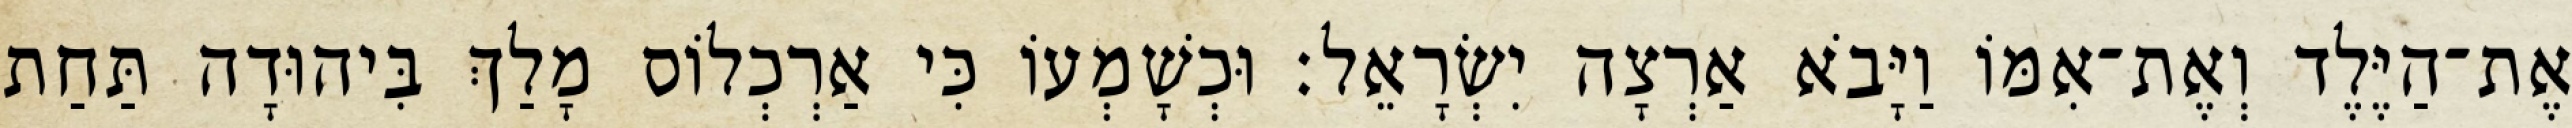
אֶת־הַיֶּלֶד וְאֶת־אִמּוֹ וַיָּבֹא אַרְצָה יִשְׂרָאֵל׃ וּכְשָׁמְעוֹ כִּי אַרְכְלוֹס מָלַךְ בִּיהוּדָה תַּחַת